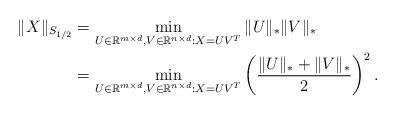
LaTeX: \begin{align*}\|X\|_{S_{1/2}}&=\min_{U\in\mathbb{R}^{m\times d},V\in\mathbb{R}^{n\times d}:X=UV^{T}}\|U\|_{*}\|V\|_{*}\\&=\min_{U\in\mathbb{R}^{m\times d},V\in\mathbb{R}^{n\times d}:X=UV^{T}}\left(\frac{\|U\|_{*}+\|V\|_{*}}{2}\right)^{2}.\end{align*}